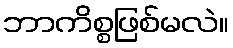
ဘာကိစ္စဖြစ်မလဲ။